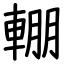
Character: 輣